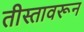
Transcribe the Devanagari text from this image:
तीस्तावरून